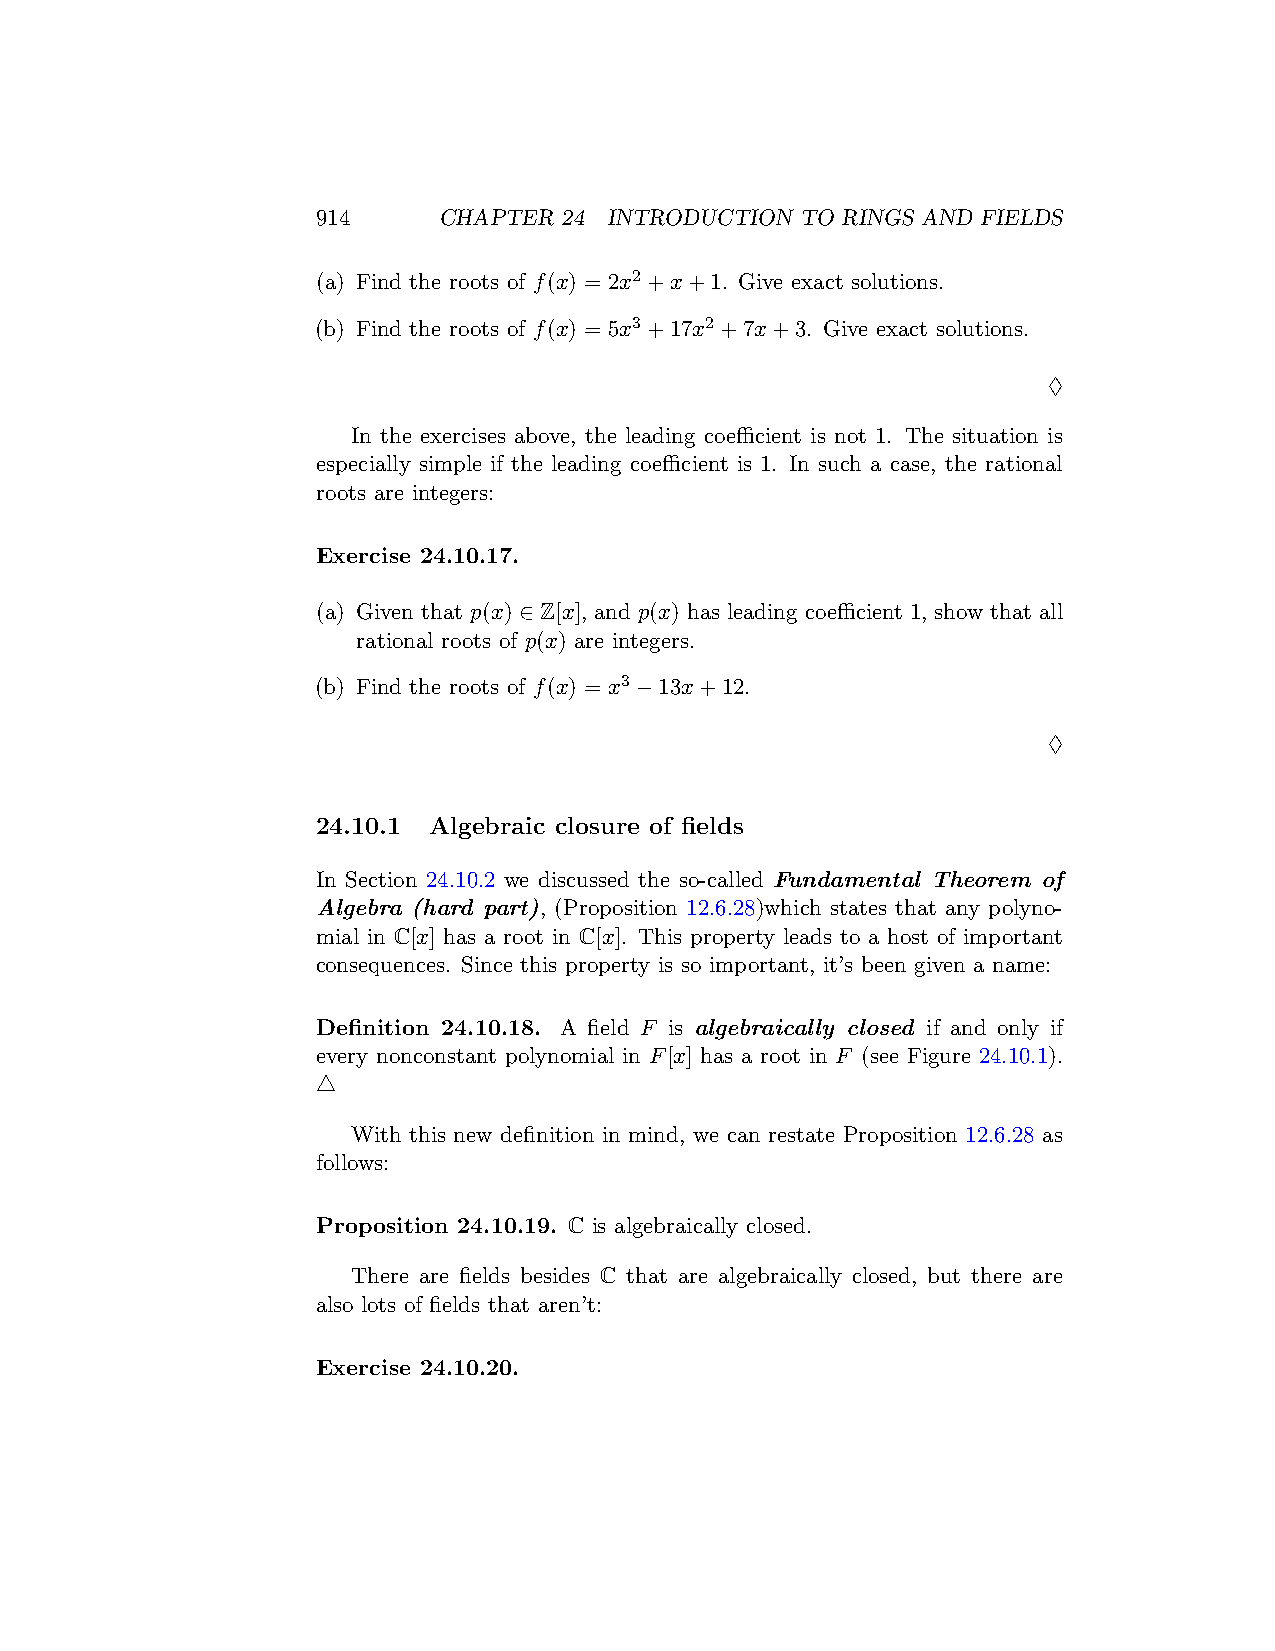
914     CHAPTER 24 INTRODUCTION TO RINGS AND FIELDS
 (a) Find the roots of f(x) = 2x2+x+1. Give exact solutions.
 (b) Find the roots of f(x) = 5x3+17x2+7x+3. Give exact solutions.
 ♢
 In the exercises above, the leading coefficient is not 1. The situation is
 especially simple if the leading coefficient is 1. In such a case, the rational
 roots are integers:
 Exercise 24.10.17.
 (a) Given that p(x) ∈ Z[x], and p(x) has leading coefficient 1, show that all
 rational roots of p(x) are integers.
 (b) Find the roots of f(x) = x3−13x+12.
 ♢
 24.10.1 Algebraic closure of fields
 In Section 24.10.2 we discussed the so-called Fundamental Theorem of
 Algebra (hard part), (Proposition 12.6.28)which states that any polyno-
 mial in C[x] has a root in C[x]. This property leads to a host of important
 consequences. Since this property is so important, it’s been given a name:
 Definition 24.10.18. A field F is algebraically closed if and only if
 every nonconstant polynomial in F[x] has a root in F (see Figure 24.10.1).
 △
 With this new definition in mind, we can restate Proposition 12.6.28 as
 follows:
 Proposition 24.10.19. C is algebraically closed.
 There are fields besides C that are algebraically closed, but there are
 also lots of fields that aren’t:
 Exercise 24.10.20.